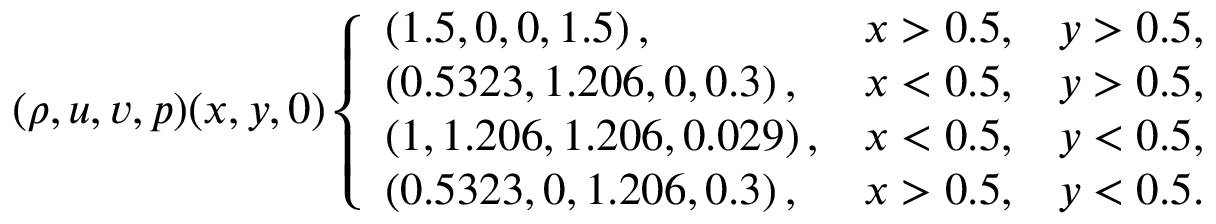
( \rho , u , v , p ) ( x , y , 0 ) \left\{ \begin{array} { l l l } { \left( 1 . 5 , 0 , 0 , 1 . 5 \right) , } & { x > 0 . 5 , } & { y > 0 . 5 , } \\ { \left( 0 . 5 3 2 3 , 1 . 2 0 6 , 0 , 0 . 3 \right) , } & { x < 0 . 5 , } & { y > 0 . 5 , } \\ { \left( 1 , 1 . 2 0 6 , 1 . 2 0 6 , 0 . 0 2 9 \right) , } & { x < 0 . 5 , } & { y < 0 . 5 , } \\ { \left( 0 . 5 3 2 3 , 0 , 1 . 2 0 6 , 0 . 3 \right) , } & { x > 0 . 5 , } & { y < 0 . 5 . } \end{array} \right.